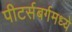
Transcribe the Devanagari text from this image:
पीटर्सबर्गमध्ये